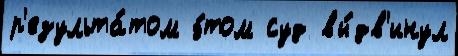
р'езульта́том э́том суд вы́дв'инул